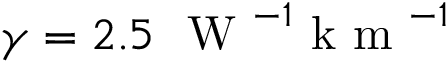
\gamma = 2 . 5 ~ \mathrm { ~ W ~ } ^ { - 1 } \mathrm { ~ k ~ m ~ } ^ { - 1 }